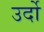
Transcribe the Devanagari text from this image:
उर्दो